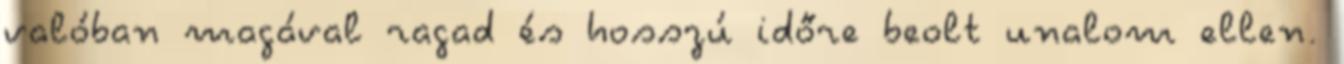
valóban magával ragad és hosszú időre beolt unalom ellen.